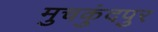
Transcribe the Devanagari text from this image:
मुचकुंदपुर